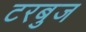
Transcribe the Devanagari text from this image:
टरबुज